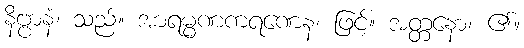
နိဗ္ဗာနံ၊ သည်။ အာရမ္မဏကရဏေန၊ ဖြင့်။ အတ္တနော၊ ၏။